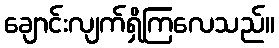
ချောင်းလျက်ရှိကြလေသည်။